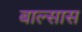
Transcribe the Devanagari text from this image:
बाल्सास